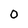
Character: 0